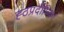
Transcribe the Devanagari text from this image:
ह्ठप्रदीपिका